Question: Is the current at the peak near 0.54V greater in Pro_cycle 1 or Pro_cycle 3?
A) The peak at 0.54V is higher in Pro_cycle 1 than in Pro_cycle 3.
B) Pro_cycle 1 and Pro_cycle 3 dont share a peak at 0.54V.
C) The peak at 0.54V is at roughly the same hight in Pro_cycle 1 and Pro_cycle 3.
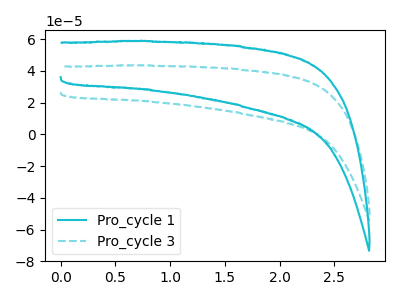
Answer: <think>The cyan curve "Pro_cycle 1" has no peaks. The cyan dashed curve "Pro_cycle 3" has no peaks.</think>
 <answer>B) "Pro_cycle 1" and "Pro_cycle 3" dont share a peak at 0.54V.</answer>
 <eval>B</eval>